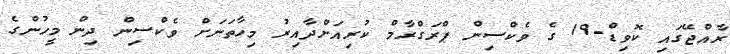
ރާއްޖޭގައި ކޮވިޑް-19 ގެ ވެކްސިން ޕްރަގްރާމް ކުރިއަށްދާއިރު މިހާތަނަށް ވެކްސިން ދިން މީހުންގެ